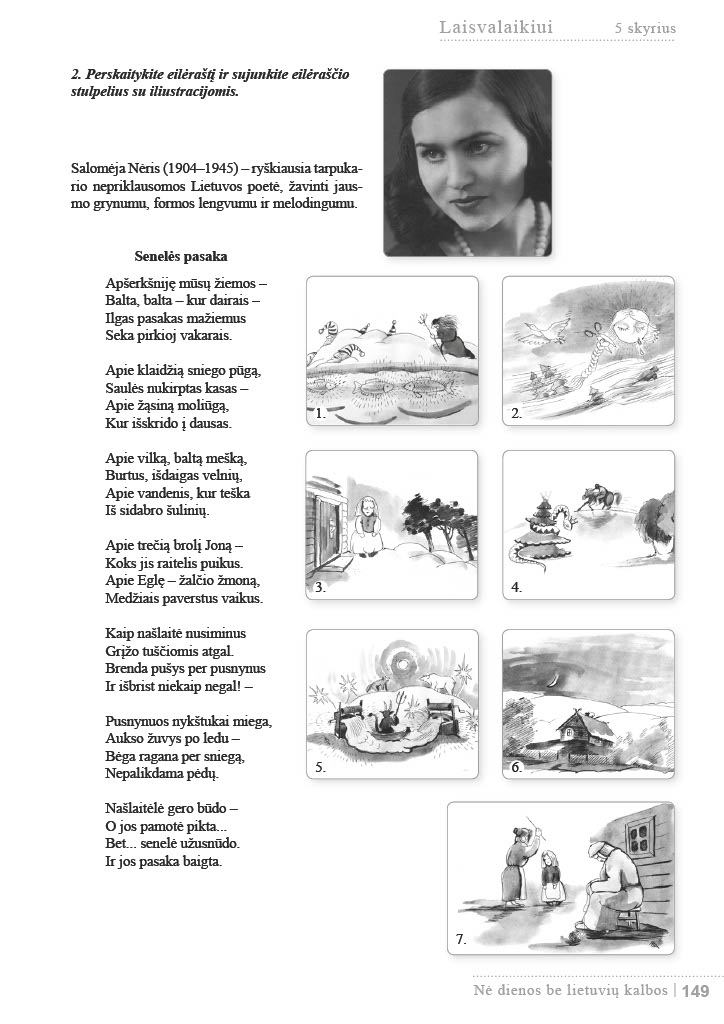
Language: lt